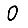
Digit: 0